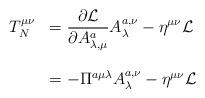
LaTeX: \begin{align*}\begin{array}{ll}T_{N}^{\mu\nu}&=\displaystyle{\frac{\partial{\cal L}}{\partial A^{a}_{\lambda,\mu}}A^{a,\nu}_{\lambda}-\eta^{\mu\nu}{\cal L}}\\{}&{}\\{}&=-\Pi^{a\mu\lambda}A^{a,\nu}_{\lambda}-\eta^{\mu\nu}{\cal L}\end{array}\end{align*}